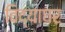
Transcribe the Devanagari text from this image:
विद्याघर